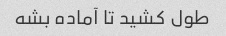
طول کشید تا آماده بشه